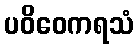
ပဝိဝေကရသံ